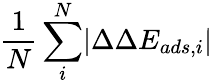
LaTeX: \frac{1}{N}\sum_{i}^{N}\lvert\Delta\Delta E_{ads,i}\rvert